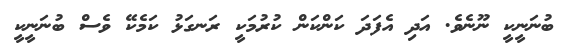
ބުނަނީކީ ނޫނެވެ. އަދި އެފަދަ ކަންކަން ކުރުމަކީ ރަނގަޅު ކަމެކޭ ވެސް ބުނަނީކީ